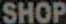
SHOP